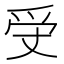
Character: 𤓾